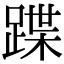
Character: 蹀